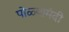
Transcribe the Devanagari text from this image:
पोळ्यामंदी